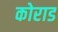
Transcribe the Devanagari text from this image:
कोराड